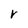
Character: r